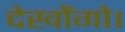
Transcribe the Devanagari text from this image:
देखौंगो।